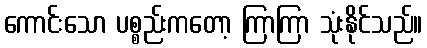
ကောင်းသော ပစ္စည်းကတော့ ကြာကြာ သုံးနိုင်သည်။